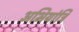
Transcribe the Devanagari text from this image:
अभियांत्रि